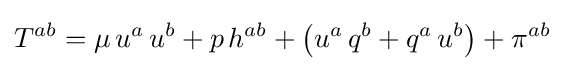
T^{ab}=\mu \,u^{a}\,u^{b}+p\,h^{ab}+\left(u^{a}\,q^{b}+q^{a}\,u^{b}\right)+\pi ^{ab}